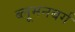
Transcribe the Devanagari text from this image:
ब्लूमनबर्ग